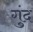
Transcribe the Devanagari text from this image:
गुंद